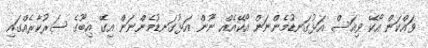
ވައްކަން އޯކޭ ވިއަސް އަޅުގަނޑުމެންނަން އޯކޭއެއް ނޫން އަޅުގަނޑުމެންނަން އިގޭ އިބޫގެ ސަރުކާރެއްގައި